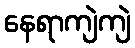
နေရာကျဲကျဲ